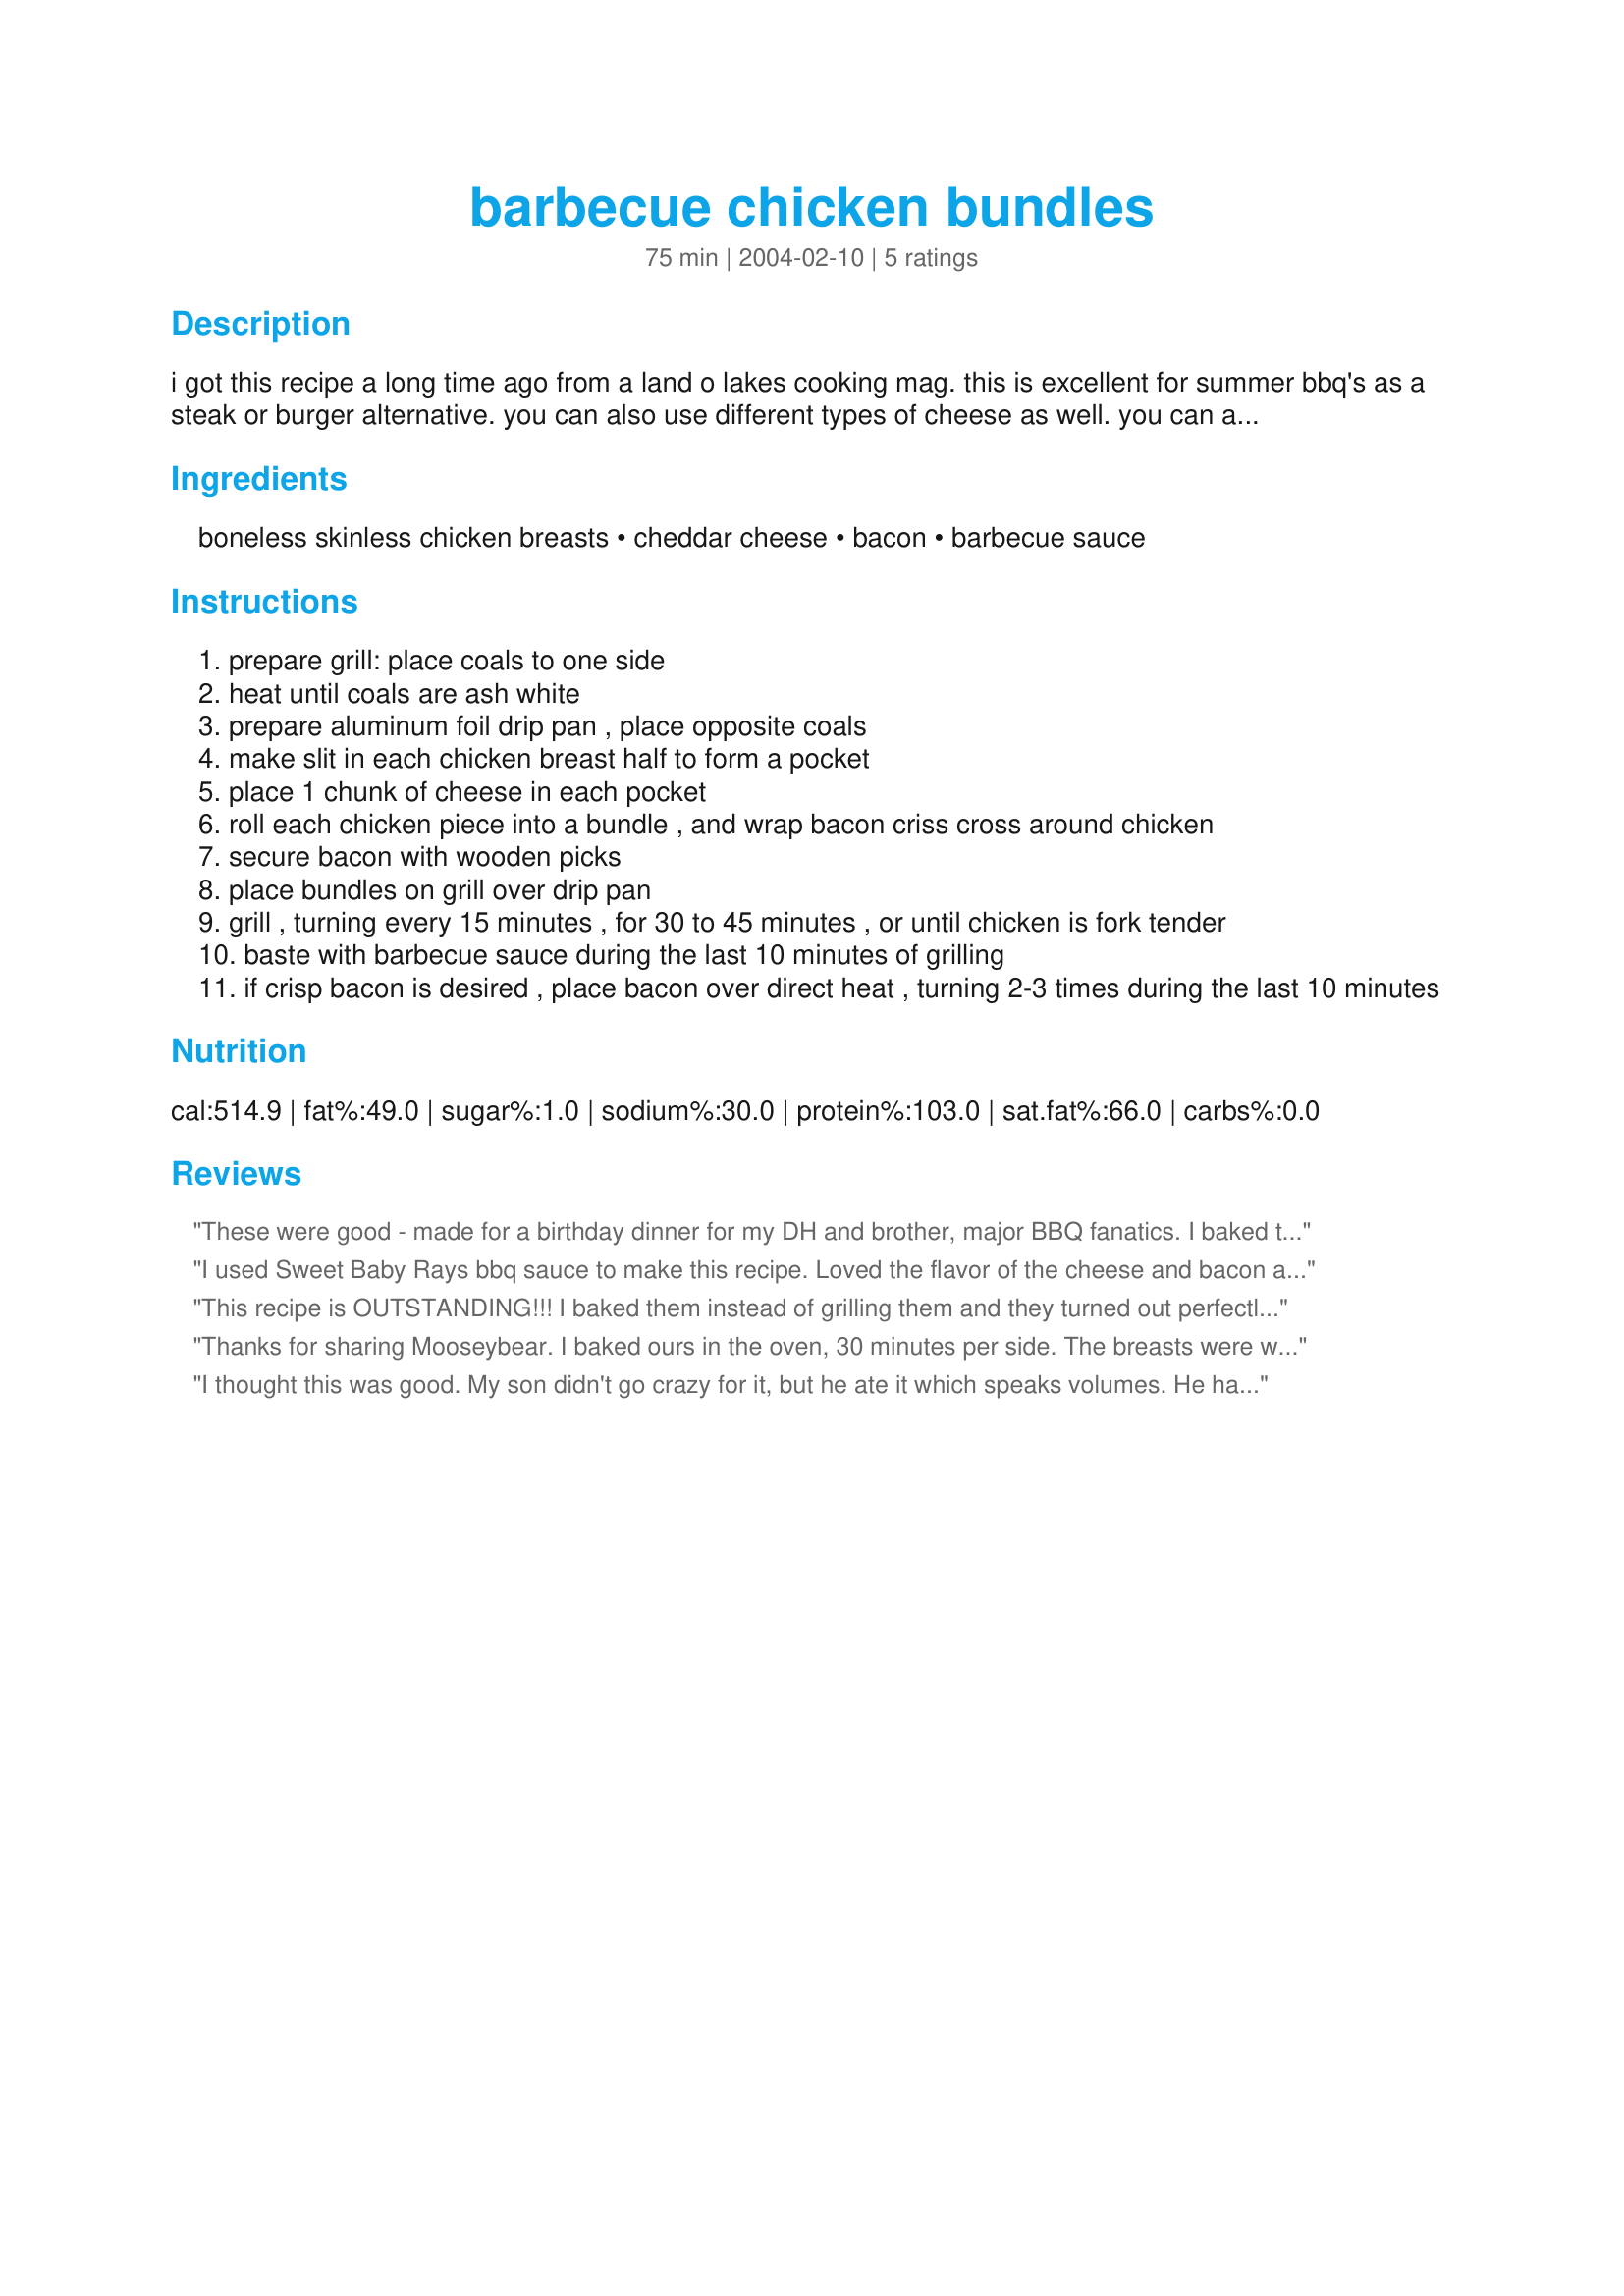
barbecue chicken bundles
Preparation time: 75 minutes

i got this recipe a long time ago from a land o lakes cooking mag. this is excellent for summer bbq's as a steak or burger alternative. you can also use different types of cheese as well. you can also broil this dish in the oven at 400 degrees for 30 minutes, then turn over and cook for 20 minutes. you will need to half cook the bacon first if you broil this dish!

Ingredients:
boneless skinless chicken breasts, cheddar cheese, bacon, barbecue sauce

Steps:
prepare grill: place coals to one side
heat until coals are ash white
prepare aluminum foil drip pan , place opposite coals
make slit in each chicken breast half to form a pocket
place 1 chunk of cheese in each pocket
roll each chicken piece into a bundle , and wrap bacon criss cross around chicken
secure bacon with wooden picks
place bundles on grill over drip pan
grill , turning every 15 minutes , for 30 to 45 minutes , or until chicken is fork tender
baste with barbecue sauce during the last 10 minutes of grilling
if crisp bacon is desired , place bacon over direct heat , turning 2-3 times during the last 10 minutes

Reviews:
These were good - made for a birthday dinner for my DH and brother, major BBQ fanatics. I baked them due to the rain outside and only used 1 pc of bacon because I didn't have enough to do 2. They loved them and I liked them... A lot of the cheese ran out into the pan so I'm curious as to how they'd do on the grill. If we did these again we'd probably wait till the end to put some cheese on top instead of wrapping it up in the chicken to prevent the drips. All in all a delicious filling meal. Thanks Mooseybear!
I used Sweet Baby Rays bbq sauce to make this recipe. Loved the flavor of the cheese and bacon along with the sauce. Made for one delicious meal. We really enjoyed! Thanks Moosey!
This recipe is OUTSTANDING!!! I baked them instead of grilling them and they turned out perfectly. We loved the oooey gooey cheese and the bacon gave the chicken breasts a great flavor. Topped with the BBQ sauce and you have a meal that will please everyone. Thanks for ANOTHER great recipe, Mooseybear.
Thanks for sharing Mooseybear. I baked ours in the oven, 30 minutes per side. The breasts were wonderful. It did take a little time to prepare, but boy was it worth it. I used sharp cheddar. I followed your instructions and skinned & deboned the breasts, I cut a deep pocket for the cheese, wrapped the bacon around the chicken and secured it with toothpicks. The texture of the chicken was tender, moist and juicy, the bacon melted in your mouth, the melted cheddar was sharp, while the bbq sauce was sweet. We really enjoyed this chicken dish.
I thought this was good. My son didn't go crazy for it, but he ate it which speaks volumes. He hates chicken breasts. I did this lazily...I poured the bbq sauce over the chicken breast and cut bacon into pieces that would cover the breasts and laid them on top of the sauce. I baked this at 350 for 30 minutes and then turned the broiler on for about 3 minutes to crisp the bacon. I pulled it out of the oven and then sprinkled the cheese on. I think next time, I will probably leave the cheese off, as it is just additional calories and I couldn't really taste it. (I only sprinkled about 1/8 cup per breast.) Served with salad, mashed potatoes and french bread slices. I definitely over ate! Thanks!
